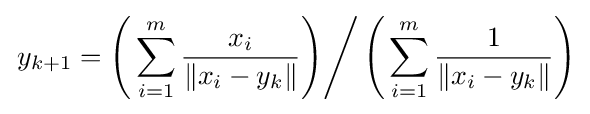
\left.y_{k+1}=\left({}\sum _{i=1}^{m}{\frac {x_{i}}{\|x_{i}-y_{k}\|}}\right)\right/\left({}\sum _{i=1}^{m}{\frac {1}{\|x_{i}-y_{k}\|}}\right)